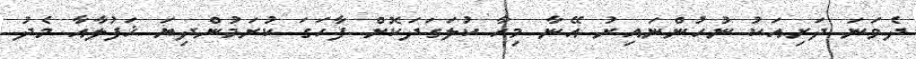
ދެވަނަ ދަރިއަކު ނުހުންނައިރު އޭނާ މިހާ ކުލަގަދަކޮށް ފާހަގަ ކުރަމުންދިޔަ ޚަފުލާއާ މެދު